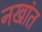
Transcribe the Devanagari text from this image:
नखांत